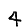
Digit: 4